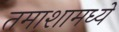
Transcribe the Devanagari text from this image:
तमाशामध्ये